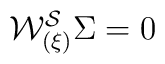
{\cal W^{S}_{(\xi)}} \Sigma = 0